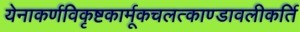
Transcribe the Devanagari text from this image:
येनाकर्णविकृष्टकार्मूकचलत्काण्डावलीकर्ति